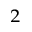
_ 2